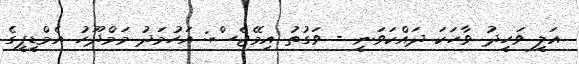
އަލީ ވަހީދު ވާހަކަ ދައްކަވަނީ - ވަގުތު އިމޭޖެސް: އަހުމަދު މަމްދޫހު އެމްޑީޕީގެ